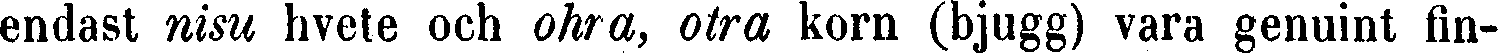
endast nisu hvete och ohra, otra korn (bjugg) vara genuint fin-